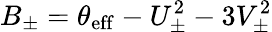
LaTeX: B_{\pm}=\theta_{\mathrm{eff}}-U_{\pm}^{2}-3V_{\pm}^{2}